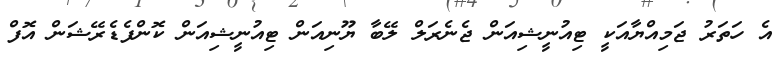
އެ ހަތަރު ޖަމިއްޔާއަކީ ޓިއުނީޝިއަން ޖެނެރަލް ލޭބާ ޔޫނިއަން ޓިއުނީޝިއަން ކޮންފެޑެރޭޝަން އޮފް